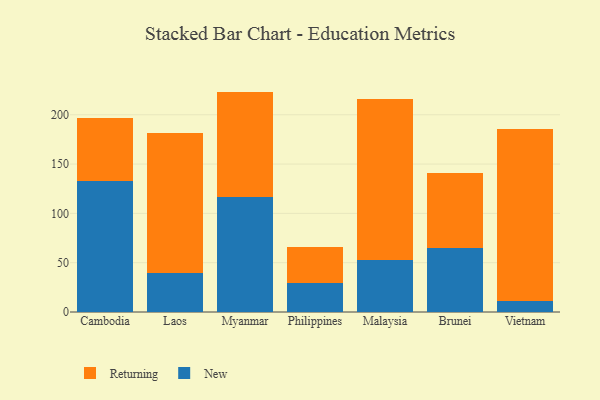
{"axis": {"x": "Country", "y": "Latency (ms)"}, "legend": ["New", "Returning"], "data": [{"x": "Cambodia", "y": 132.4, "type": "New"}, {"x": "Cambodia", "y": 64.7, "type": "Returning"}, {"x": "Laos", "y": 40.0, "type": "New"}, {"x": "Laos", "y": 141.7, "type": "Returning"}, {"x": "Myanmar", "y": 116.7, "type": "New"}, {"x": "Myanmar", "y": 106.8, "type": "Returning"}, {"x": "Philippines", "y": 29.3, "type": "New"}, {"x": "Philippines", "y": 36.4, "type": "Returning"}, {"x": "Malaysia", "y": 52.8, "type": "New"}, {"x": "Malaysia", "y": 163.6, "type": "Returning"}, {"x": "Brunei", "y": 65.3, "type": "New"}, {"x": "Brunei", "y": 75.7, "type": "Returning"}, {"x": "Vietnam", "y": 11.4, "type": "New"}, {"x": "Vietnam", "y": 174.3, "type": "Returning"}]}